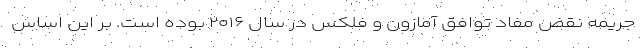
جریمه نقض مفاد توافق آمازون و فلکس در سال ۲۰۱۶ بوده است. بر این اساس